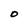
Character: O